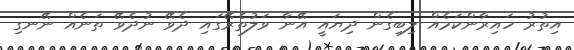
އިތުރު ހައިރާންކަމެއް ލިބިގެން ދިޔައީ އޭނާ ވަލުތެރޭގައި ދެވޭ ނުދެވޭ ތަނެއް ނޭނގި